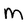
Character: M